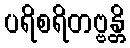
ပရိစရိတဗ္ဗန္တိ